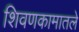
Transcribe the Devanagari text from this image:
शिवणकामातले